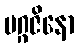
မဂ္ဂဇိနော